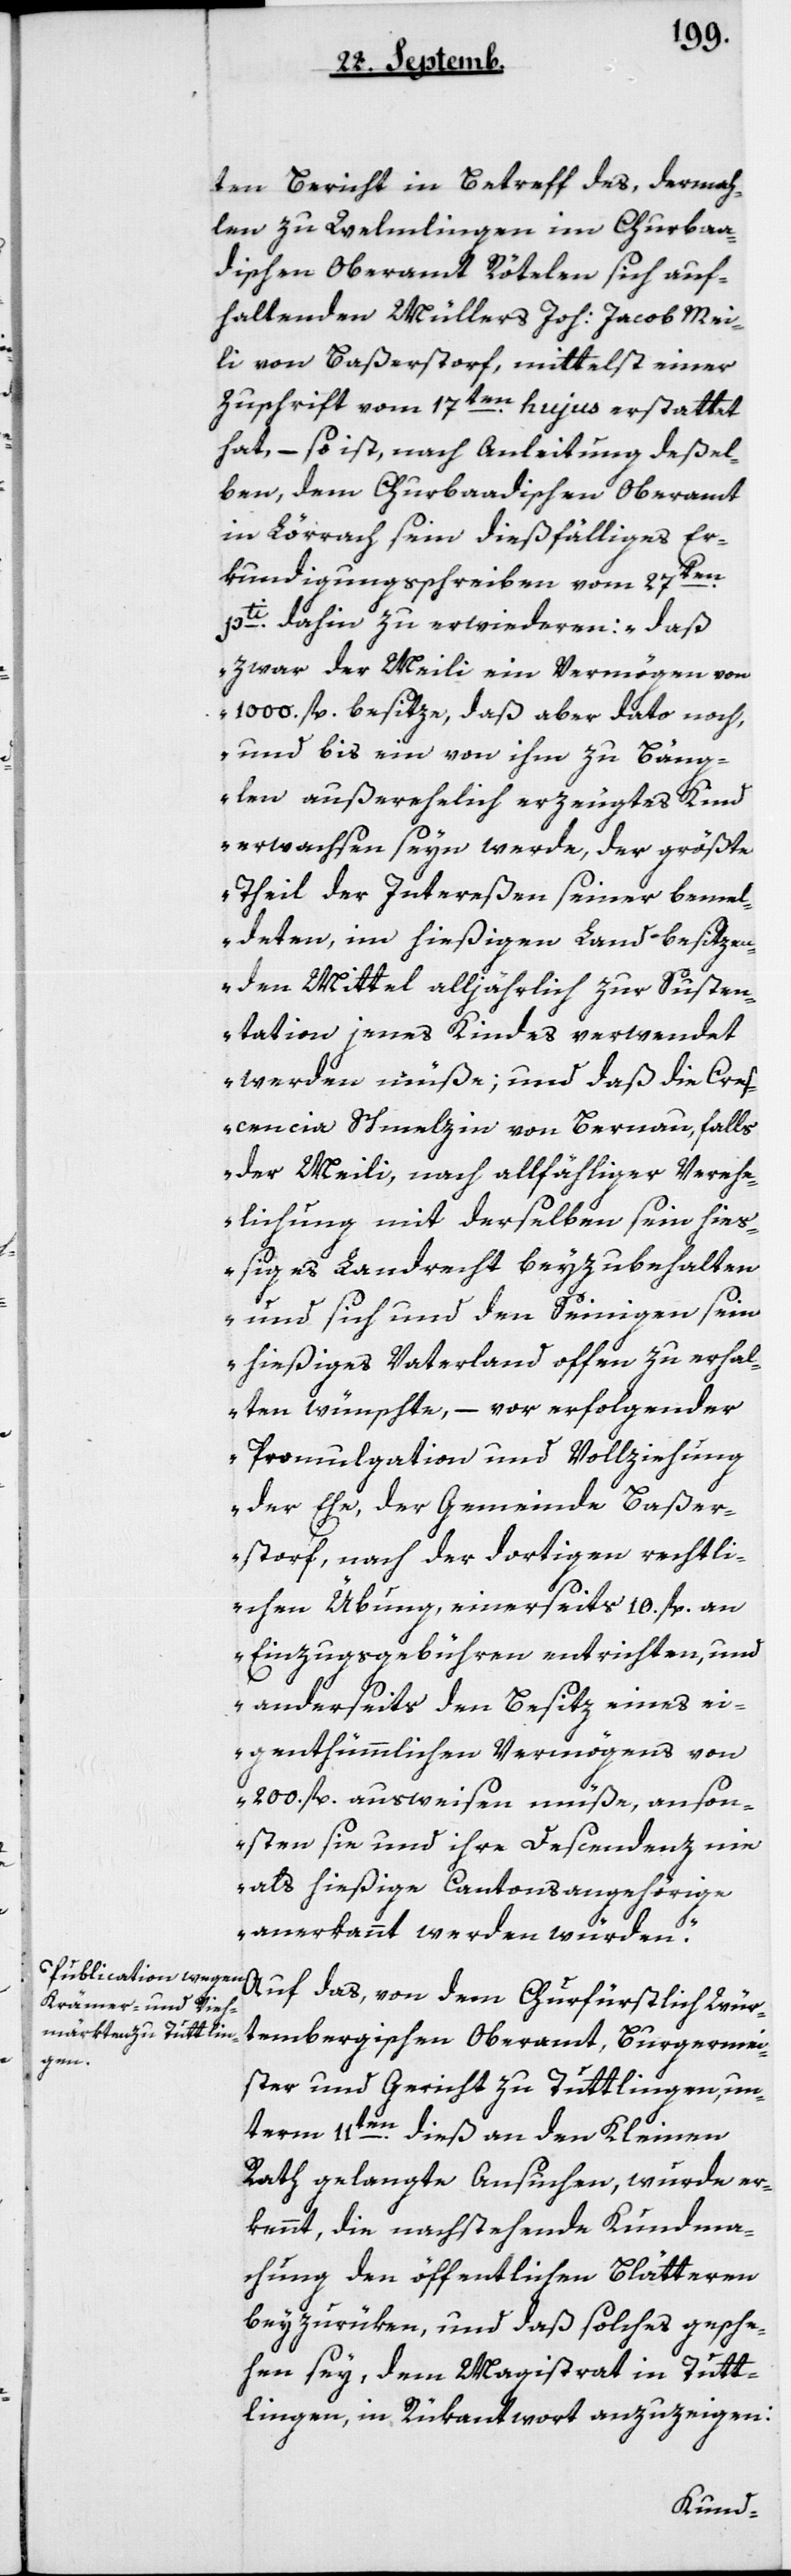
ten Bericht in Betreff des, dermah¬
len zu Welmlingen im Churba¬
dischen Oberamt Rötelen sich auf¬
haltenden Müllers Joh. Jacob Mei¬
li von Baßerstorf, mittelst einer
Zuschrift vom 17ten hujus erstattet
hat, – so ist, nach Anleitung deßel¬
ben, dem Churbadischen Oberamt
in Lörrach sein dießfälliges Er¬
kundigungsschreiben vom 27ten
pti dahin zu erwideren: „daß
zwar der Meili ein Vermögen von
1000 fl. besize, daß aber dato noch,
und bis ein von ihm zu Beng¬
len außerehelich erzeugtes Kind
erwachsen seyn werde, der größte
Theil der Intereßen seiner bemel¬
deten, im hießigen Land besitzen¬
den Mittel alljährlich zur Susten¬
tation jenes Kindes verwendet
werden müße; und daß die Cre¬
scentia Schmelzin von Bernau, falls
der Meili, nach allfälliger Verehe¬
lichung mit derselben sein hieß¬
iges Landrecht beyzubehalten
und sich und den Seinigen seyn
hießiges Vaterland offen zu erhal¬
ten wünschte, – vor erfolgender
Promulgation und Vollziehung
der Ehe, der Gemeinde Baßer¬
storf, nach der dortigen rechtli¬
chen Übung, einerseits 10 fl. an
Einzugsgebühren entrichten, und
anderseits den Besiz eines ei¬
genthümlichen Vermögens von
200 fl. ausweisen müße, anson¬
sten sie und ihre Descendenz nie
als hießige Cantonsangehörige
anerkannt werden würden“.
Auf das, von dem Churfürstlich Würt¬
tembergischen Oberamt, Burgermei¬
ster und Gericht zu Tuttlingen, un¬
term 11ten dieß an den Kleinen
Rath gelangte Ansuchen, wurde er¬
kennt, die nachstehende Kundma¬
chung den öffentlichen Blätteren
beyzurüken, und daß solches gesche¬
hen sey, dem Magistrat in Tutt¬
lingen, in Rükantwort anzuzeigen: